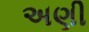
અણી